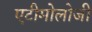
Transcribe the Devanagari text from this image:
एटीमोलोजी